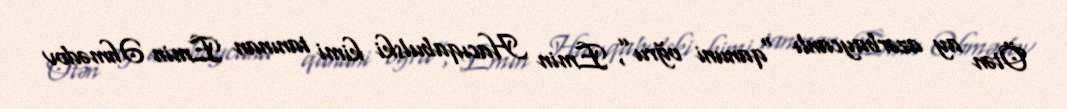
Ötən ay azərbaycanlı "qanuni oğru”, Emin Hacıqabulski kimi tanınan Emin Əhmədov